Annual statistical returns and brief notes on vaccination in Bengal - 1896-1909
Year: 1896
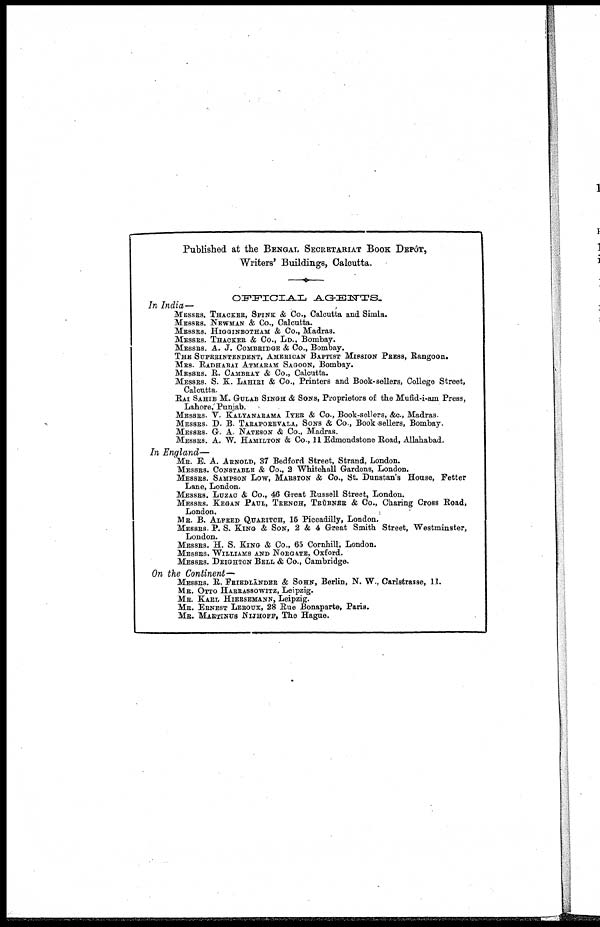
Published at the BENGAL SECRETARIAT BOOK DEPÔT,
Writers' Buildings, Calcutta.
OFFICIAL, AGENTS.
In India—
MESSRS. THACKER, SPINK & Co., Calcutta and Simla.
MESSRS. NEWMAN & Co., Calcutta.
MESSRS. HIGGINBOTHAM & Co., Madras.
MESSRS. THACKER & Co., LD., Bombay.
MESSRS. A. J. COMBRIDGE & Co., Bombay.
THE SUPERINTENDENT, AMERICAN BAPTIST MISSION PRESS, Rangoon.
MRS. RADHABAI ATMARAM SAGOON, Bombay.
MESSRS. R. CAMBRAY & Co., Calcutta.
MESSRS. S. K. LAHIRI & Co., Printers and Book-sellers, College Street,
Calcutta.
RAI SAHIB M. GULAB SINGH & SONS, Proprietors of the Mufid-i-am Press,
Lahore, Punjab.
MESSRS. V. KALYANARAMA IYER & Co., Book-sellers, &c., Madras.
MESSRS. D. B. TARAPOREVALA, SONS & Co., Book sellers, Bombay.
MESSRS. G. A. NATESON & Co., Madras.
MESSRS. A. W. HAMILTON & Co., 11 Edmondstone Road, Allahabad.
In England—
MR. E. A. ARNOLD, 37 Bedford Street, Strand, London.
MESSRS. CONSTABLE & Co., 2 Whitehall Gardens, London.
MESSRS. SAMPSON LOW, MARSTON & Co., St. Dunstan's House, Fetter
Lane, London.
MESSRS. LUZAC & Co., 46 Great Russell Street, London.
MESSRS. KEGAN PAUL, TRENCH, TRUBNER & Co., Charing Cross Road,
London.
MR. B. ALFRED QUARITCH, 16 Piccadilly, London.
MESSRS. P. S. KING & SON, 2 & 4 Great Smith Street, Westminster,
London.
MESSRS. H. S. KING & Co., 65 Cornhill, London.
MESSRS. WILLIAMS AND NORGATE, Oxford.
MESSRS. DEIGHTON BELL & Co., Cambridge.
On the Continent—
MESSRS. R. FRIEDLÄNDER & SOHN, Berlin, N. W., Carlstrasse, 11.
MR. OTTO HARRASSOWITZ, Leipzig.
MR. KARL HIERSEMANN, Leipzig.
MR. ERNEST LEROUX, 28 Rue Bonaparte, Paris.
MR. MARTINUS NIJHOFF, The Hague.